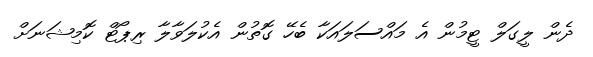
ދެން ލީގަލް ޓީމުން އެ މައްސަލައަކާ ބެހޭ ގޮތުން އެކުލަވާލާ ރިޕޯޓް ކޮމިޝަނަށް